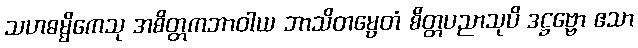
သဟဓမ္မိကေသု အစိတ္တကဘာဝါယ ဘာသိတမ္ပေတံ စိတ္တပညာသုပိ ဒဋ္ဌဗ္ဗော ဧသာ